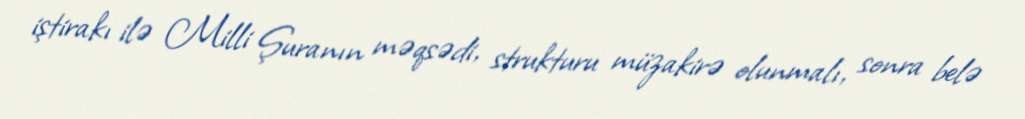
iştirakı ilə Milli Şuranın məqsədi, strukturu müzakirə olunmalı, sonra belə